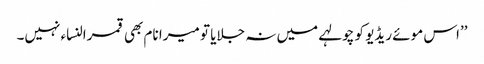
’’اس موئے ریڈیو کو چولہے میں نہ جلایا تو میرا نام بھی قمرالنساء نہیں۔